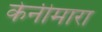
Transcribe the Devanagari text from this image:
केनीमारा